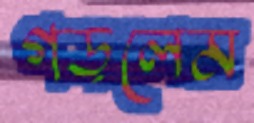
গড়লেম